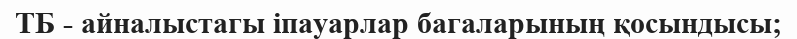
ТБ - айналыстагы іпауарлар багаларының қосындысы;